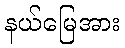
နယ်မြေအား